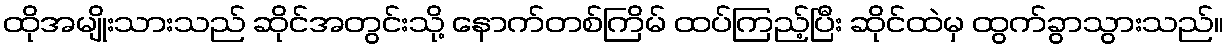
ထိုအမျိုးသားသည် ဆိုင်အတွင်းသို့ နောက်တစ်ကြိမ် ထပ်ကြည့်ပြီး ဆိုင်ထဲမှ ထွက်ခွာသွားသည်။